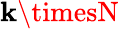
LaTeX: \mathbf{k}\timesN